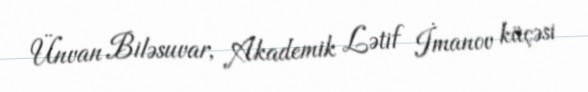
Ünvan Biləsuvar, Akademik Lətif İmanov küçəsi